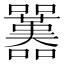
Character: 𡅱